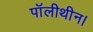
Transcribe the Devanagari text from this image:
पॉलीथीन।